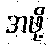
အဖို့